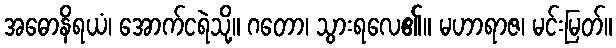
အဓောနိရယံ၊ အောက်ငရဲသို့။ ဂတော၊ သွားရလေ၏။ မဟာရာဇ၊ မင်းမြတ်။